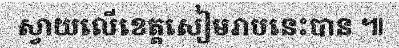
ស្វាយលើខេត្តសៀមរាបនេះបាន ៕